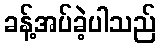
ခန့်အပ်ခဲ့ပါသည်